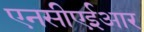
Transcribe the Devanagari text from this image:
एनसीएईआर